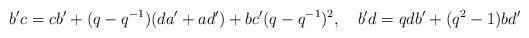
LaTeX: \begin{align*}b'c=cb'+(q-q^{-1})(da'+ad')+bc'(q-q^{-1})^2, \quad b'd=qdb'+(q^2-1)bd'\end{align*}